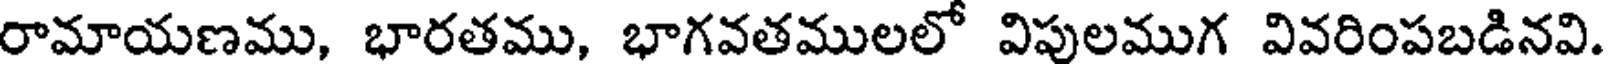
రామాయణము, భారతము, భాగవతములలో విపులముగ వివరింపబడినవి.